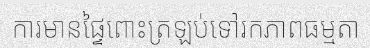
ការមានផ្ទៃពោះត្រឡប់ទៅរកភាពធម្មតា